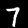
Digit: 7